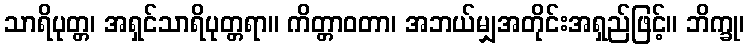
သာရိပုတ္တ၊ အရှင်သာရိပုတ္တရာ။ ကိတ္တာဝတာ၊ အဘယ်မျှအတိုင်းအရှည်ဖြင့်။ ဘိက္ခု၊